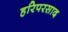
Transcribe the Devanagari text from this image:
हरिपरसाद